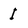
Character: I